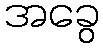
အခွေ